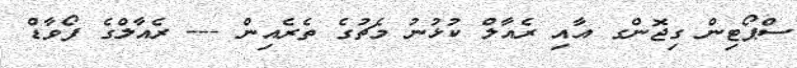
ސްޕޯޓިން ގިޖޮންގ އާއި ރެއާލް ކުޅުނު މެޗުގެ ތެރެއިން --- ރެއާލްގެ ފޯވާޑް